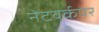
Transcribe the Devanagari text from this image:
नेटवर्कपर